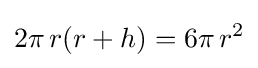
2\pi \,r(r+h)=6\pi \,r^{2}